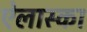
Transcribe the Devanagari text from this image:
ऐलास्का